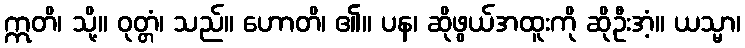
ဣတိ၊ သို့။ ဝုတ္တံ၊ သည်။ ဟောတိ၊ ၏။ ပန၊ ဆိုဖွယ်အထူးကို ဆိုဦးအံ့။ ယသ္မာ၊